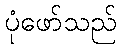
ပုံဖော်သည်